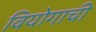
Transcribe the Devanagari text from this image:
वियोगाची